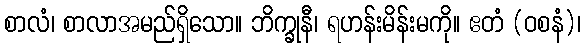
စာလံ၊ စာလာအမည်ရှိသော။ ဘိက္ခုနီ၊ ရဟန်းမိန်းမကို။ ဧတံ (ဝစနံ)၊